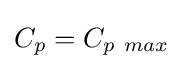
C_{p}=C_{p~max}